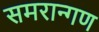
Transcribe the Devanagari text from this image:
समरान्गण